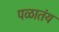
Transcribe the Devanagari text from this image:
पळातंय